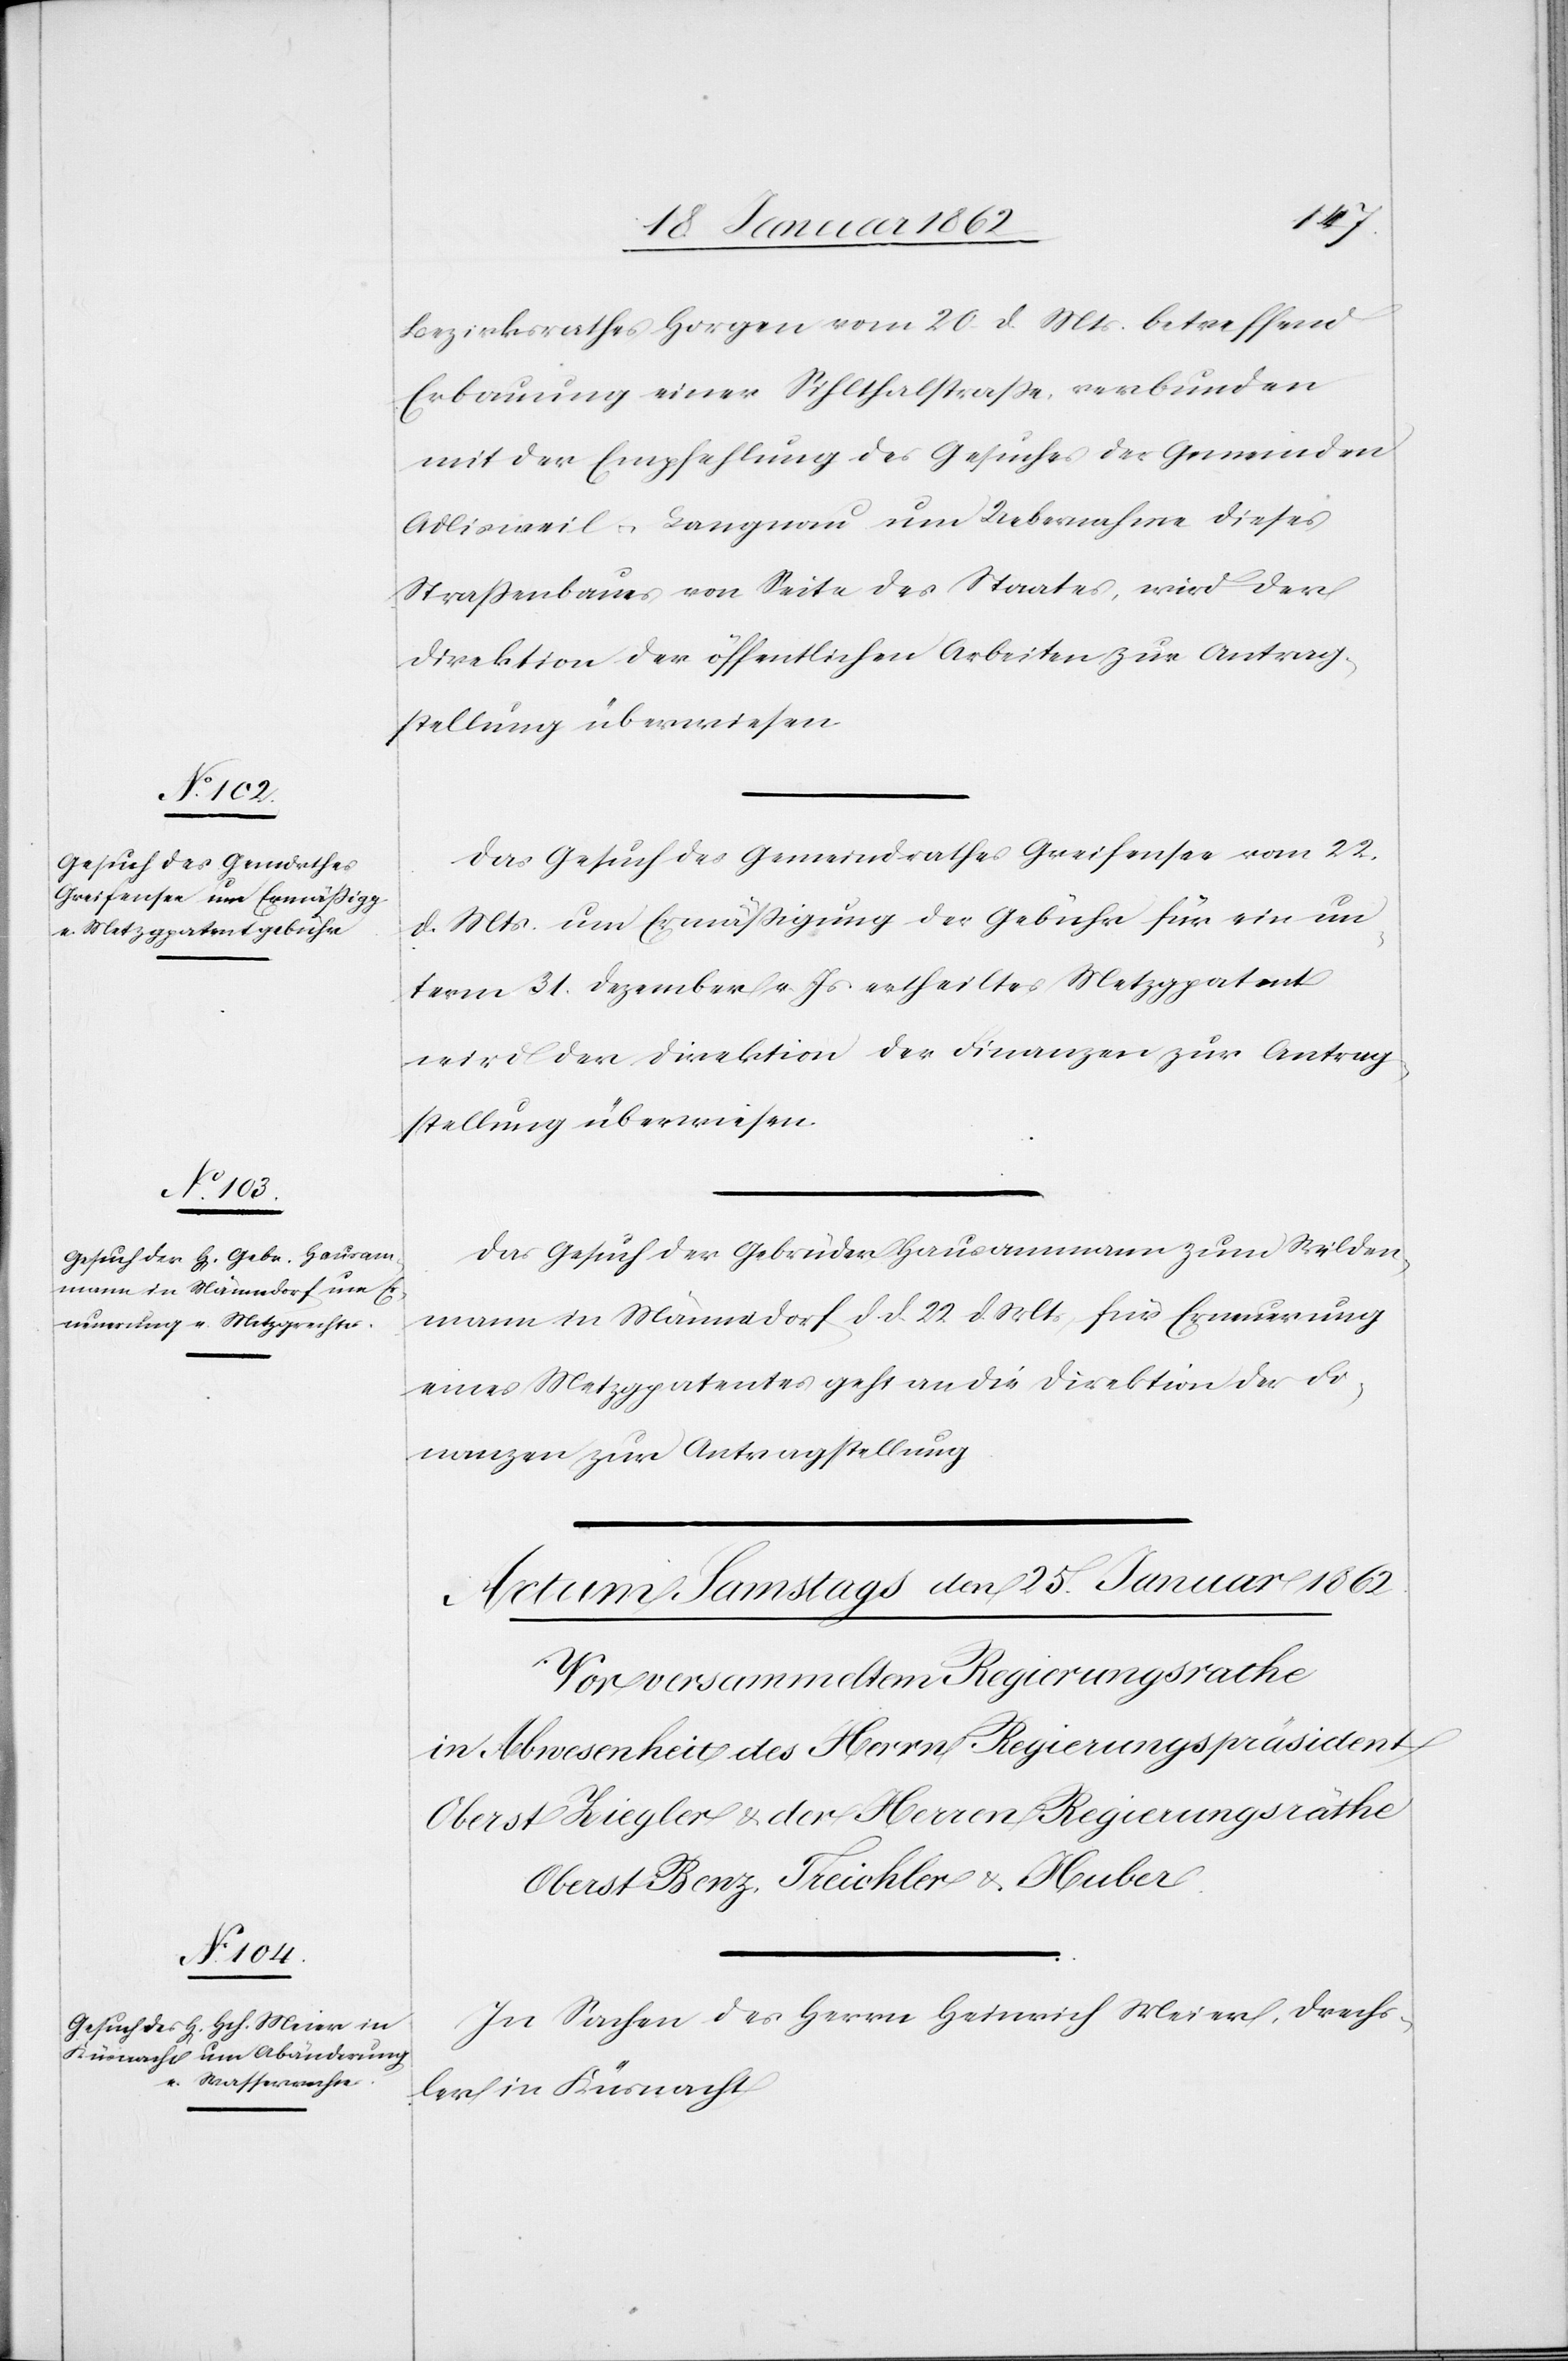
24. Januar 1862]
Bezirksrathes Horgen vom 20. d. Mts. betreffend
Erbauung einer Sihlthalstraße, verbunden
mit der Empfehlung des Gesuches der Gemeinden
Adlisweil u. Langnau um Uebernahme dieses
Straßenbaues von Seite des Staates, wird der
Direktion der öffentlichen Arbeiten zur Antrag¬
stellung überwiesen.
Das Gesuch des Gemeindrathes Greifensee vom 22.
d. Mts. um Ermäßigung der Gebühr für ein un¬
term 31. Dezember v. Js. ertheiltes Metzgpatent
wird der Direktion der Finanzen zur Antrag¬
stellung überwiesen.
Das Gesuch der Gebrüder Hausammann zum Wilden¬
mann in Männedorf d. d. 22 d. Mts. für Erneuerung
eines Metzgpatentes geht an die Direktion der Fi¬
nanzen zur Antragstellung.
In Sachen des Herrn Heinrich Meier, Drechs¬
ler in Küsnacht